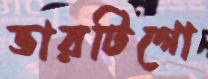
ভারটিগো